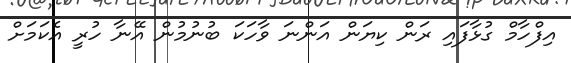
އިފްހާމް ގުޅާފައި ރަން ކިޔަން އަންނަ ވާހަކަ ބުނުމުން އޭނާ ހުރީ އެކަމަށް